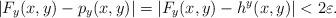
LaTeX: \begin{align*}| F_y(x,y) - p_y(x,y) |= | F_y(x,y) - h^y(x,y) | < 2 \varepsilon.\end{align*}